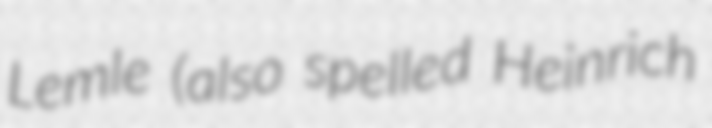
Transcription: Lemle (also spelled Heinrich